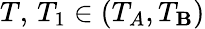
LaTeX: T,\, T_{1}\in(T_{A},T_{\mathbf{B}})